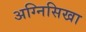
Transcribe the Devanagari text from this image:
अग्निसिखा